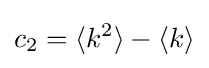
c_{2}=\langle k^{2}\rangle -\langle k\rangle